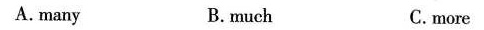
A. many B.much C.more